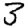
Digit: 3